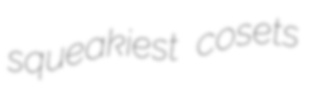
squeakiest cosets